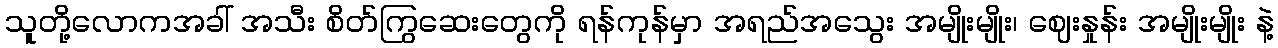
သူတို့လောကအခါ် အသီး စိတ်ကြွဆေးတွေကို ရန်ကုန်မှာ အရည်အသွေး အမျိုးမျိုး၊ ဈေးနှုန်း အမျိုးမျိုး နဲ့